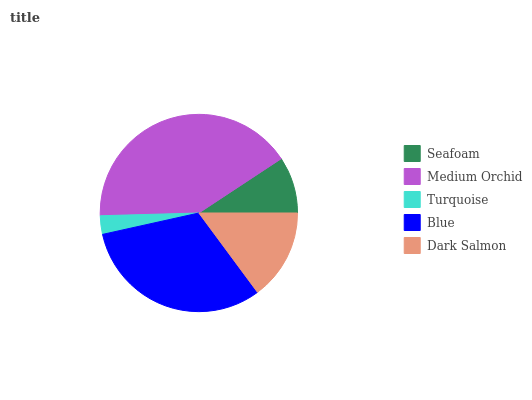
| Seafoam | Medium Orchid | Turquoise | Blue | Dark Salmon |
 | --- | --- | --- | --- | --- |
 | 9.27% | 41.2% | 3.02% | 31.7% | 14.9% |